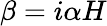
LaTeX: \beta=i\alpha H